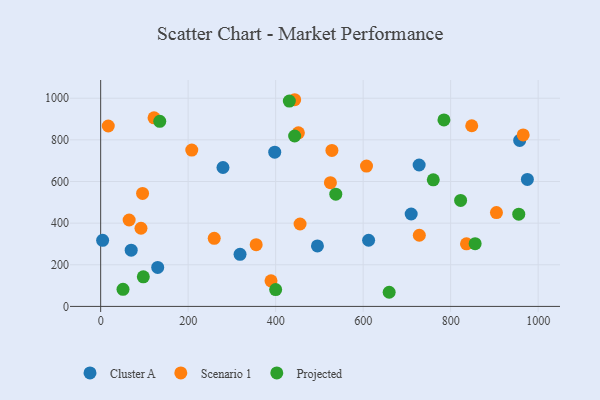
{"axis": {"x": "Price", "y": "Profit"}, "legend": ["Cluster A", "Projected", "Scenario 1"], "data": [{"x": "975.4", "y": 610.0, "type": "Cluster A"}, {"x": "130.4", "y": 187.2, "type": "Cluster A"}, {"x": "279.6", "y": 667.2, "type": "Cluster A"}, {"x": "728.0", "y": 679.3, "type": "Cluster A"}, {"x": "318.6", "y": 250.2, "type": "Cluster A"}, {"x": "709.8", "y": 443.8, "type": "Cluster A"}, {"x": "957.8", "y": 797.1, "type": "Cluster A"}, {"x": "69.8", "y": 270.2, "type": "Cluster A"}, {"x": "397.9", "y": 740.8, "type": "Cluster A"}, {"x": "4.5", "y": 317.3, "type": "Cluster A"}, {"x": "612.5", "y": 317.8, "type": "Cluster A"}, {"x": "495.5", "y": 290.3, "type": "Cluster A"}, {"x": "728.4", "y": 341.7, "type": "Scenario 1"}, {"x": "525.2", "y": 594.4, "type": "Scenario 1"}, {"x": "455.8", "y": 395.8, "type": "Scenario 1"}, {"x": "904.7", "y": 450.7, "type": "Scenario 1"}, {"x": "355.5", "y": 296.4, "type": "Scenario 1"}, {"x": "848.2", "y": 867.7, "type": "Scenario 1"}, {"x": "122.0", "y": 905.9, "type": "Scenario 1"}, {"x": "836.2", "y": 300.5, "type": "Scenario 1"}, {"x": "452.0", "y": 833.9, "type": "Scenario 1"}, {"x": "17.4", "y": 866.4, "type": "Scenario 1"}, {"x": "607.7", "y": 674.2, "type": "Scenario 1"}, {"x": "92.2", "y": 375.3, "type": "Scenario 1"}, {"x": "208.3", "y": 751.1, "type": "Scenario 1"}, {"x": "443.5", "y": 992.7, "type": "Scenario 1"}, {"x": "259.6", "y": 327.1, "type": "Scenario 1"}, {"x": "65.1", "y": 415.1, "type": "Scenario 1"}, {"x": "95.8", "y": 542.6, "type": "Scenario 1"}, {"x": "528.6", "y": 749.4, "type": "Scenario 1"}, {"x": "389.4", "y": 123.1, "type": "Scenario 1"}, {"x": "965.8", "y": 823.6, "type": "Scenario 1"}, {"x": "955.7", "y": 443.1, "type": "Projected"}, {"x": "659.5", "y": 67.9, "type": "Projected"}, {"x": "431.3", "y": 986.2, "type": "Projected"}, {"x": "135.1", "y": 889.1, "type": "Projected"}, {"x": "537.5", "y": 539.2, "type": "Projected"}, {"x": "51.1", "y": 82.3, "type": "Projected"}, {"x": "856.0", "y": 301.2, "type": "Projected"}, {"x": "400.0", "y": 80.7, "type": "Projected"}, {"x": "822.8", "y": 509.2, "type": "Projected"}, {"x": "443.4", "y": 818.5, "type": "Projected"}, {"x": "97.5", "y": 142.3, "type": "Projected"}, {"x": "760.3", "y": 608.0, "type": "Projected"}, {"x": "784.7", "y": 895.9, "type": "Projected"}]}